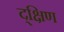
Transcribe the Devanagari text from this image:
द्क्षिण